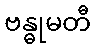
ဗန္ဓုမတီ